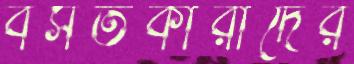
বসতকারীদের